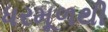
ધરમૂળથી